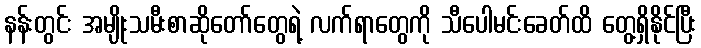
နန်းတွင်း အမျိုးသမီးစာဆိုတော်တွေရဲ့ လက်ရာတွေကို သီပေါမင်းခေတ်ထိ တွေ့ရှိနိုင်ပြီး